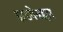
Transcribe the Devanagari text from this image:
झडपेबद्दल